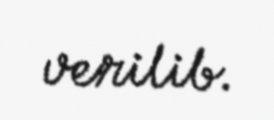
verilib.